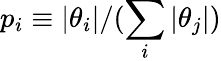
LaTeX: p_{i}\equiv|\theta_{i}|/(\sum_{i}|\theta_{j}|)